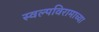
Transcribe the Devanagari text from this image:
स्वल्पविरामाच्या